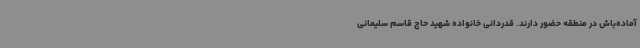
آماده‌باش در منطقه حضور دارند. قدردانی خانواده شهید حاج قاسم سلیمانی